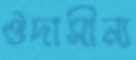
ঔদাসীন্য